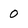
Character: 0